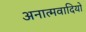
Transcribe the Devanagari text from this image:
अनात्मवादियों